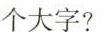
个大字?